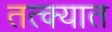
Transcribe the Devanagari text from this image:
तत्क्यात